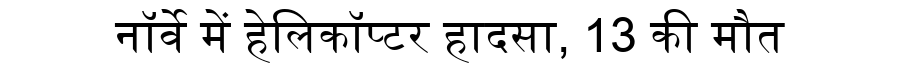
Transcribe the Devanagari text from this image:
नॉर्वे में हेलिकॉप्टर हादसा, 13 की मौत